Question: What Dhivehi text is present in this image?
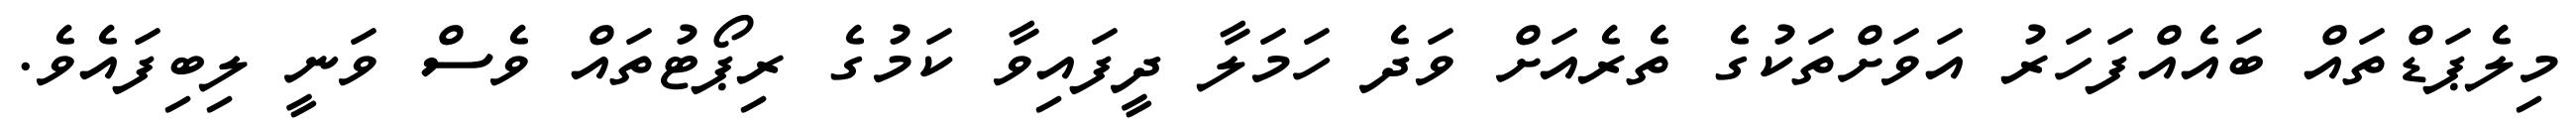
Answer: މިލެޕަޑްތައް ބައެއްފަހަރު އަވަށްތަކުގެ ތެރެއަށް ވަދެ ހަމަލާ ދީފައިވާ ކަމުގެ ރިޕޯޓުތައް ވެސް ވަނީ ލިބިފައެވެ.